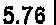
5.76